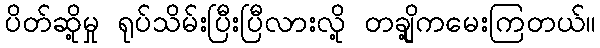
ပိတ်ဆို့မှု ရုပ်သိမ်းပြီးပြီလားလို့ တချို့ကမေးကြတယ်။